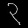
Digit: ၃